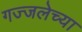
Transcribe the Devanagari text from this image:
गज्जलेच्या